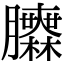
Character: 𦣌